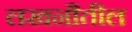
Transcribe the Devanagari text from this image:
लखनौतील